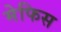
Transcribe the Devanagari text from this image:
मेफिस